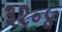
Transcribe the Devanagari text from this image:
३२॰४